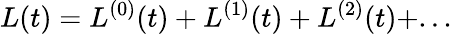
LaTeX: L(t)=L^{(0)}(t)+L^{(1)}(t)+L^{(2)}(t)+...